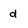
Character: d